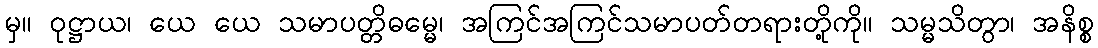
မှ။ ဝုဋ္ဌာယ၊ ယေ ယေ သမာပတ္တိဓမ္မေ၊ အကြင်အကြင်သမာပတ်တရားတို့ကို။ သမ္မသိတွာ၊ အနိစ္စ